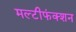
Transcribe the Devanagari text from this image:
मल्टीफंक्शन